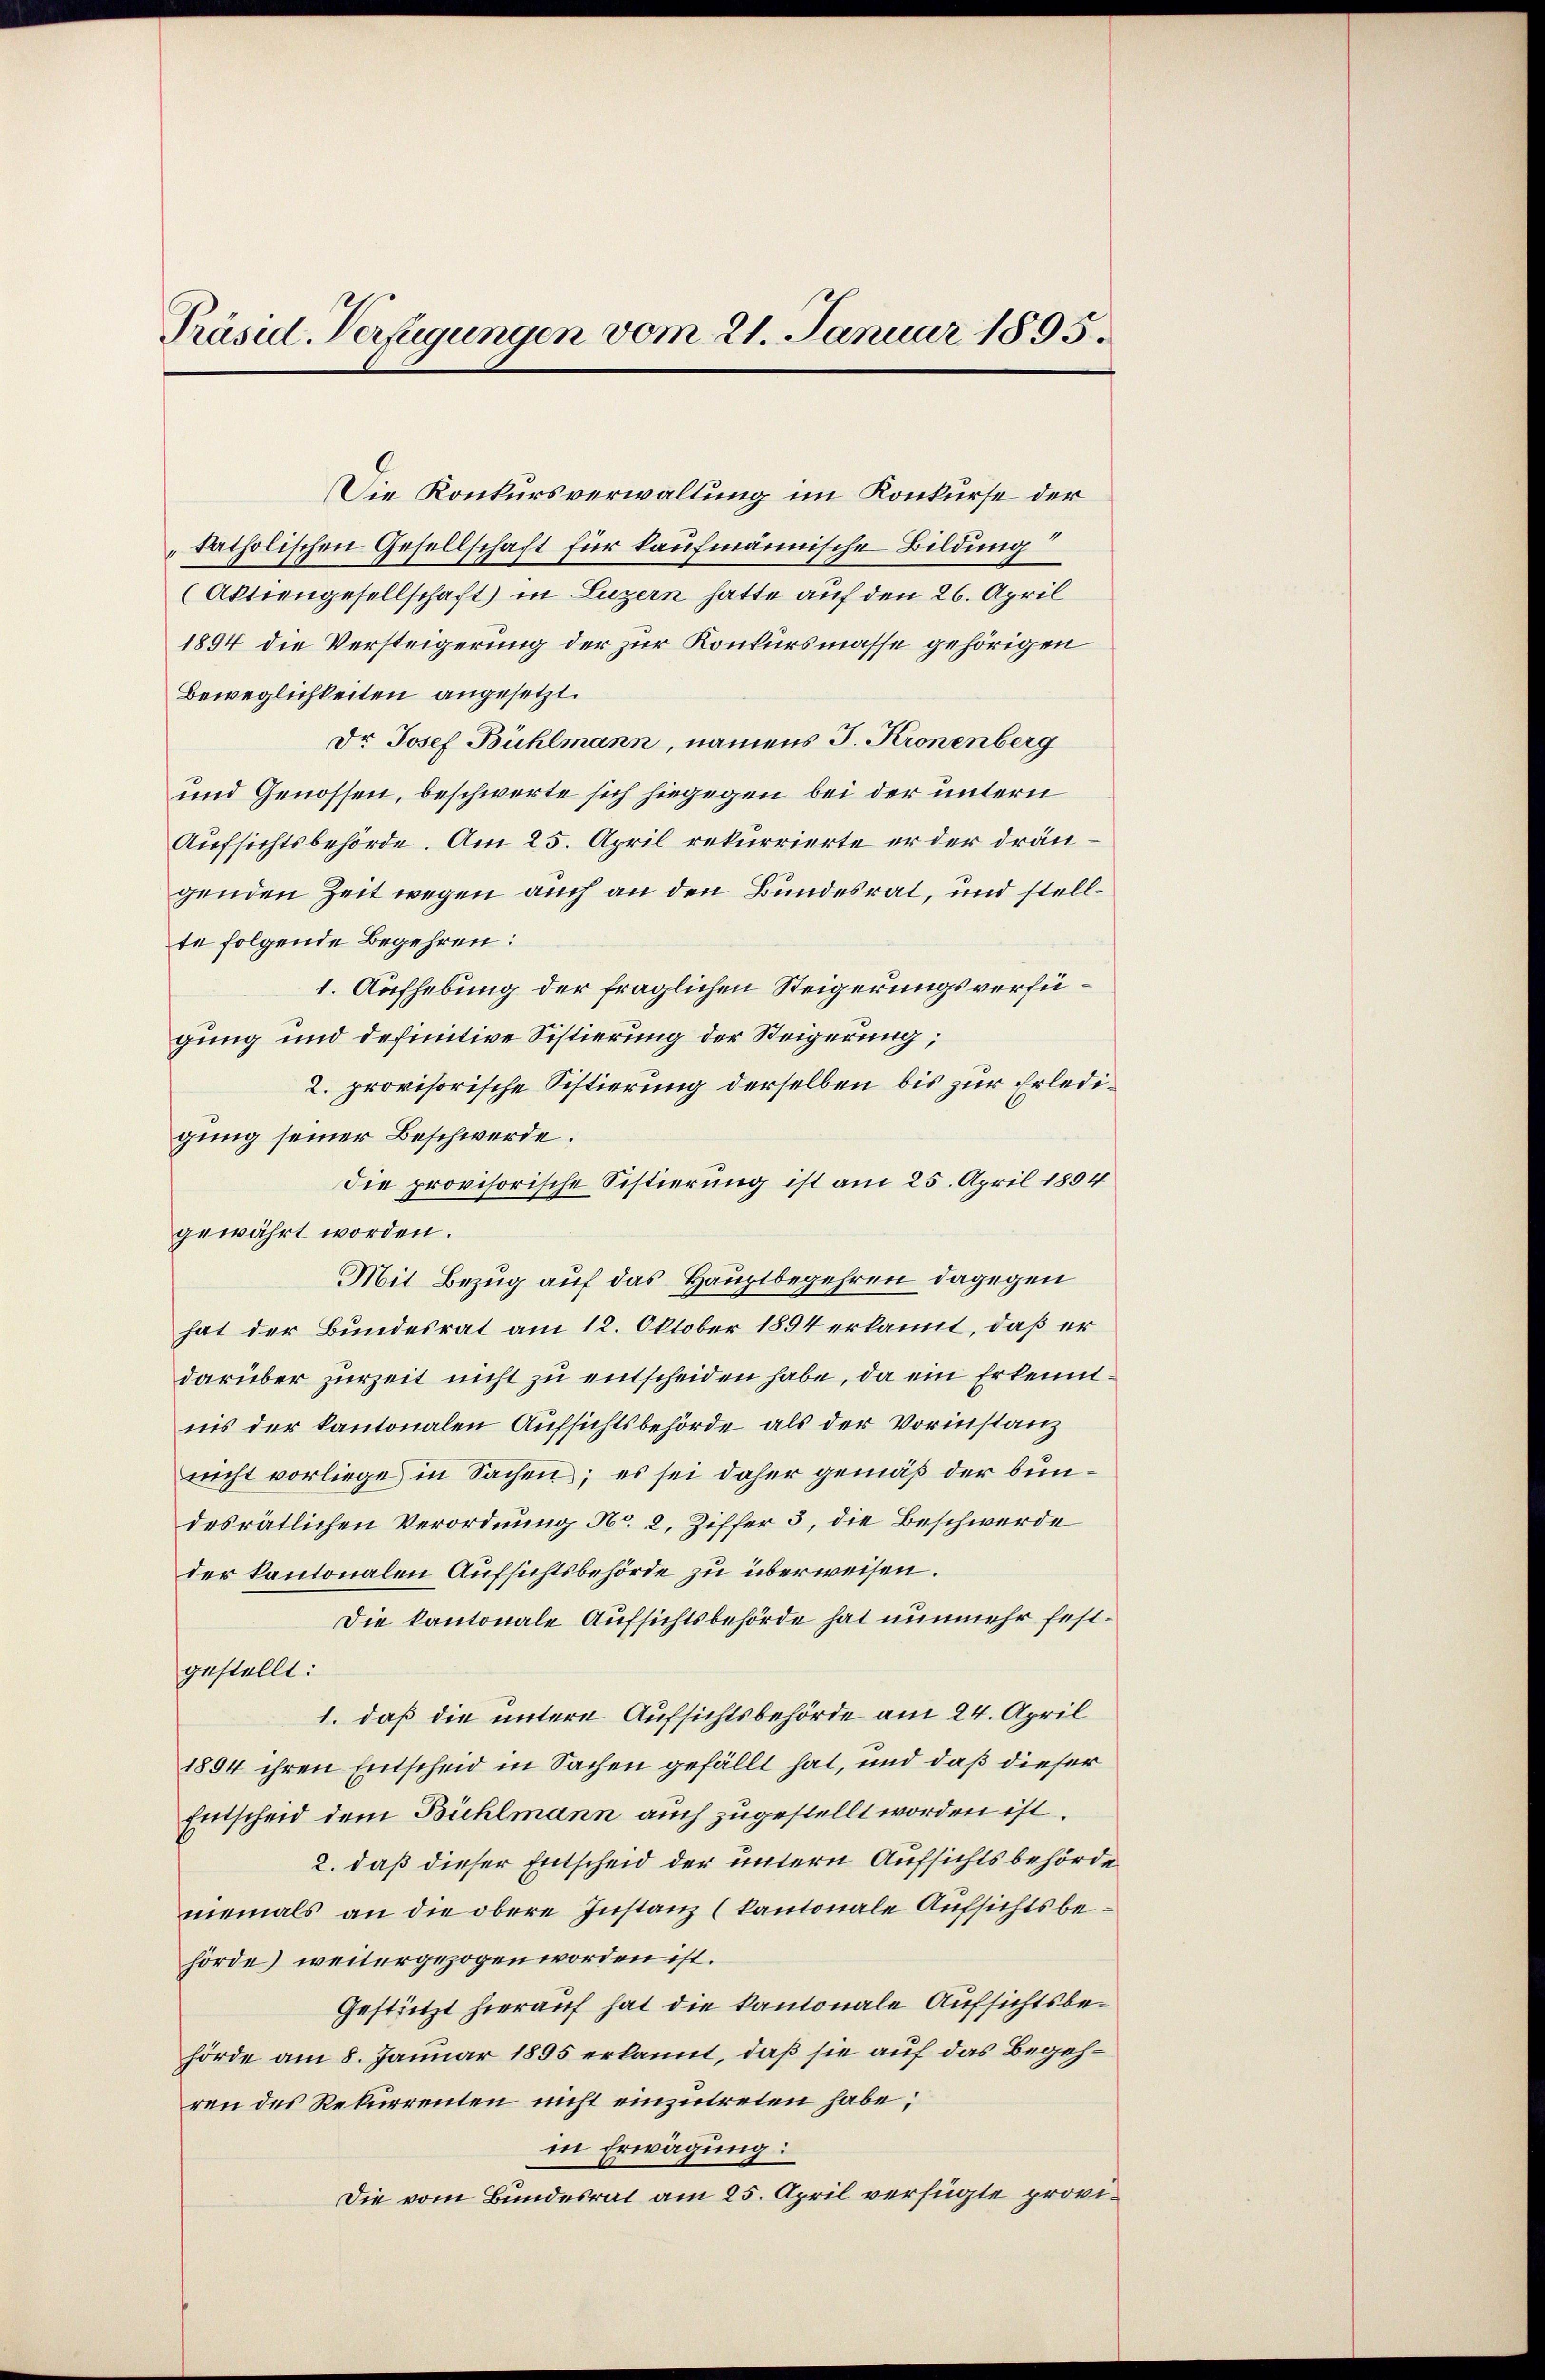
Präsid. Verfügungen vom 21. Januar 1895.

Beweglichkeiten angesetzt.
Dr Josef Bühlmann, namens J. Kronenberg
und Genossen, beschwerte sich hiegegen bei der untern
Aufsichtsbehörde. Am 25. April rekurrierte er der drängenden Zeit wegen auch an den Bundesrat, und stellte folgende Begehren:
1. Aufhebung der fraglichen Steigerungsverfügung und definitive Sistierung der Steigerung;
2. provisorische Sistierung derselben bis zur Erledigung seiner Beschwerde.
Die provisorische Sistierung ist am 25. April 1894
gewährt worden.
Mit Bezug auf das Hauptbegehren dagegen
hat der Bundesrat am 12. Oktober 1894 erkannt, daß er
darüber zurzeit nicht zu entscheiden habe, da ein Erkenntnis der kantonalen Aufsichtsbehörde als der Vorinstanz
nicht vorliege in Sachen; es sei daher gemäß der bundesrätlichen Verordnung No. 2. Ziffer 3, die Beschwerde
der kantonalen Aufsichtsbehörde zu überweisen.
Die kantonale Aufsichtsbehörde hat nunmehr festgestellt:
1. daß die untere Aufsichtsbehörde am 24. April
1894 ihren Entscheid in Sachen gefällt hat, und daß dieser
Entscheid dem Bühlmann auch zugestellt worden ist.
2. daß dieser Entscheid der untern Aufsichtsbehörde
niemals an die obere Instanz (kantonale Aufsichtsbehörde) weitergezogen worden ist.
Gestützt hierauf hat die kantonale Aufsichtsbehörde am 8. Januar 1895 erkannt, daß sie auf das Begehren des Rekurrenten nicht einzutreten habe;
in Erwägung:
Die vom Bundesrat am 25. April verfügte provi¬

Die Konkursverwaltung im Konkurse der
katholischen Gesellschaft für kaufmännische Bildung
(Aktiengesellschaft in Luzern hatte auf den 26. April
1894 die Versteigerung der zur Konkursmasse gehörigen